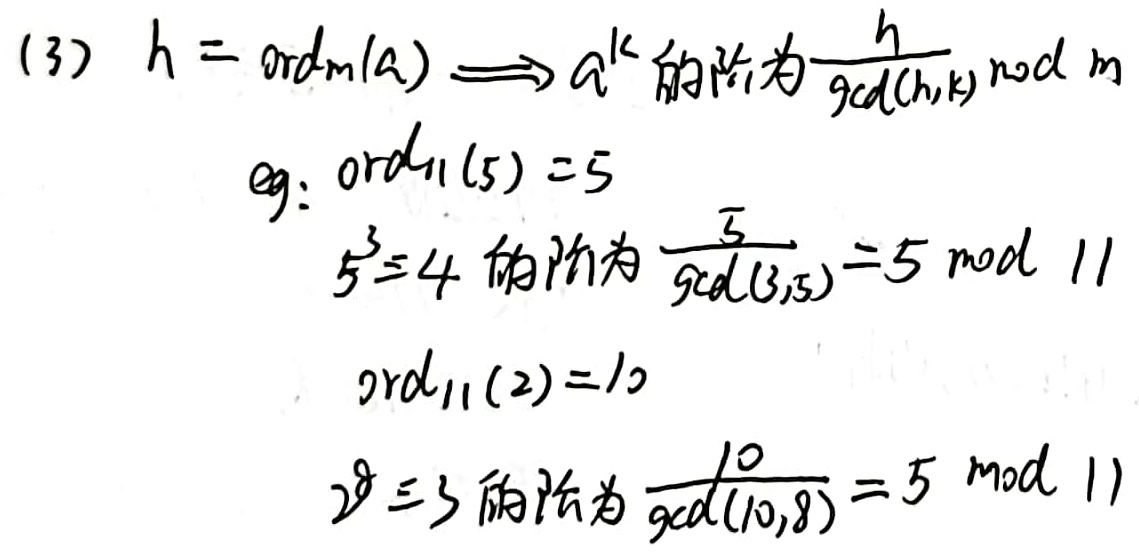
(3) \(h = \text{ord}_m(a) \Longrightarrow a^k\) 的阶为 \(\frac{h}{\gcd(h,k)} \bmod m\)

eg: \(\text{ord}_{11}(5)=5\)，\(5^3 \equiv 4\) 的阶为 \(\frac{5}{\gcd(3,5)} = 5 \bmod 11\)

\(\text{ord}_{11}(2)=10\)，\(2^8 \equiv 3\) 的阶为 \(\frac{10}{\gcd(10,8)} = 5 \bmod 11\)